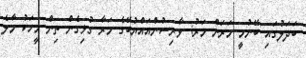
ބަދަލުގައި ބޭނުމީ މަރަށް މަރު: ވާރިސުންއައްޔުބޭގެ މަރާ ގުޅިގެން ތިން މީހަކު މާލެ